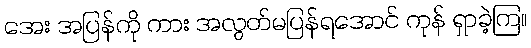
အေး အပြန်ကို ကား အလွတ်မပြန်ရအောင် ကုန် ရှာခဲ့ကြ။